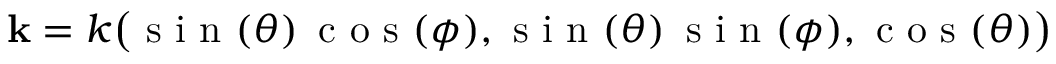
\mathbf { k } = k \big ( \mathrm { ~ s ~ i ~ n ~ } ( \theta ) \, \mathrm { ~ c ~ o ~ s ~ } ( \phi ) , \mathrm { ~ s ~ i ~ n ~ } ( \theta ) \, \mathrm { ~ s ~ i ~ n ~ } ( \phi ) , \mathrm { ~ c ~ o ~ s ~ } ( \theta ) \big )